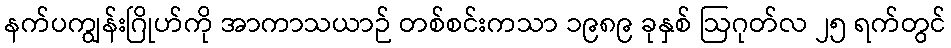
နက်ပကျွန်းဂြိုဟ်ကို အာကာသယာဉ် တစ်စင်းကသာ ၁၉၈၉ ခုနှစ် ဩဂုတ်လ ၂၅ ရက်တွင်